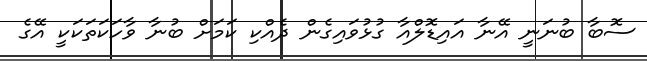
ސޮބާ ބުނަނީ އޭނާ އައިޑޮލްއާ ގުޅުވައިގެން ދެއްކި ކަމަށް ބުނާ ވާހަކަތަކަކީ އޭގެ